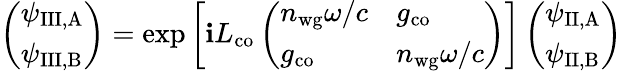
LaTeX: \left(\begin{array}{l}{\psi_{\mathrm{III,A}}}\\ {\psi_{\mathrm{III,B}}}\end{array}\right)=\exp{\left[\mathbf{i}L_{\mathrm{{co}}}\left(\begin{array}{ll}{n_{\mathrm{wg}}\omega/c}&{g_{\mathrm{co}}}\\ {g_{\mathrm{co}}}&{n_{\mathrm{wg}}\omega/c}\end{array}\right)\right]}\left(\begin{array}{l}{\psi_{\mathrm{II,A}}}\\ {\psi_{\mathrm{II,B}}}\end{array}\right)